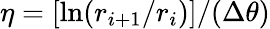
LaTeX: \eta=[\ln(r_{i+1}/r_{i})]/(\Delta\theta)